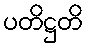
ပတိဋ္ဌတိ